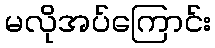
မလိုအပ်ကြောင်း